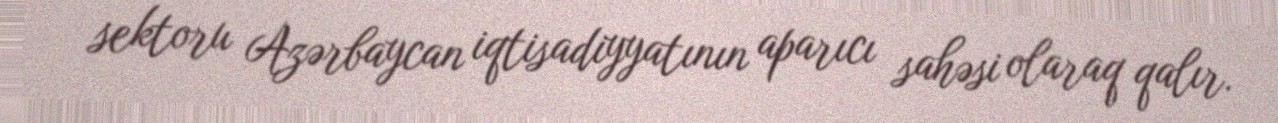
sektoru Azərbaycan iqtisadiyyatının aparıcı sahəsi olaraq qalır.